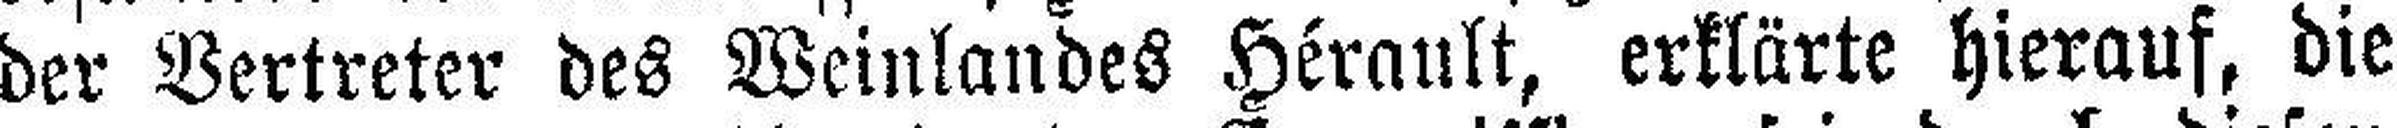
der Vertreter des Weinlandes Hérault, erklärte hierauf, die